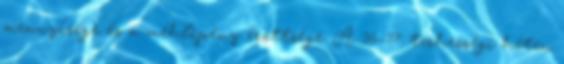
mennyisége és a méhlepény érettsége. A 36-37. terhességi héten